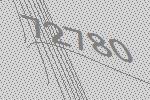
72780